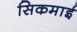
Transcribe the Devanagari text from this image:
सिकमाई